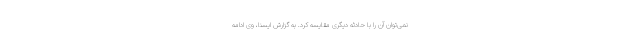
نمی‌توان آن را با حادثه دیگری مقایسه کرد. به گزارش ایسنا، وی ادامه